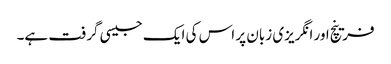
فرینچ اور انگریزی زبان پر اس کی ایک جیسی گرفت ہے۔